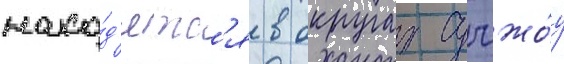
нахо́д'ятс'я в округах сучжо́у